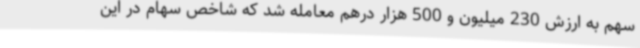
سهم به ارزش 230 میلیون و 500 هزار درهم معامله شد که شاخص سهام در این